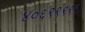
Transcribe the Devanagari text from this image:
४०६९९९९९